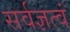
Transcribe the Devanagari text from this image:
सर्वज्ञत्वं